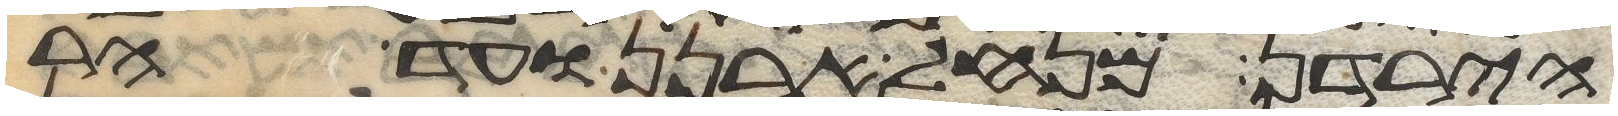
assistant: הירדן מנחל ארנן ועד הר